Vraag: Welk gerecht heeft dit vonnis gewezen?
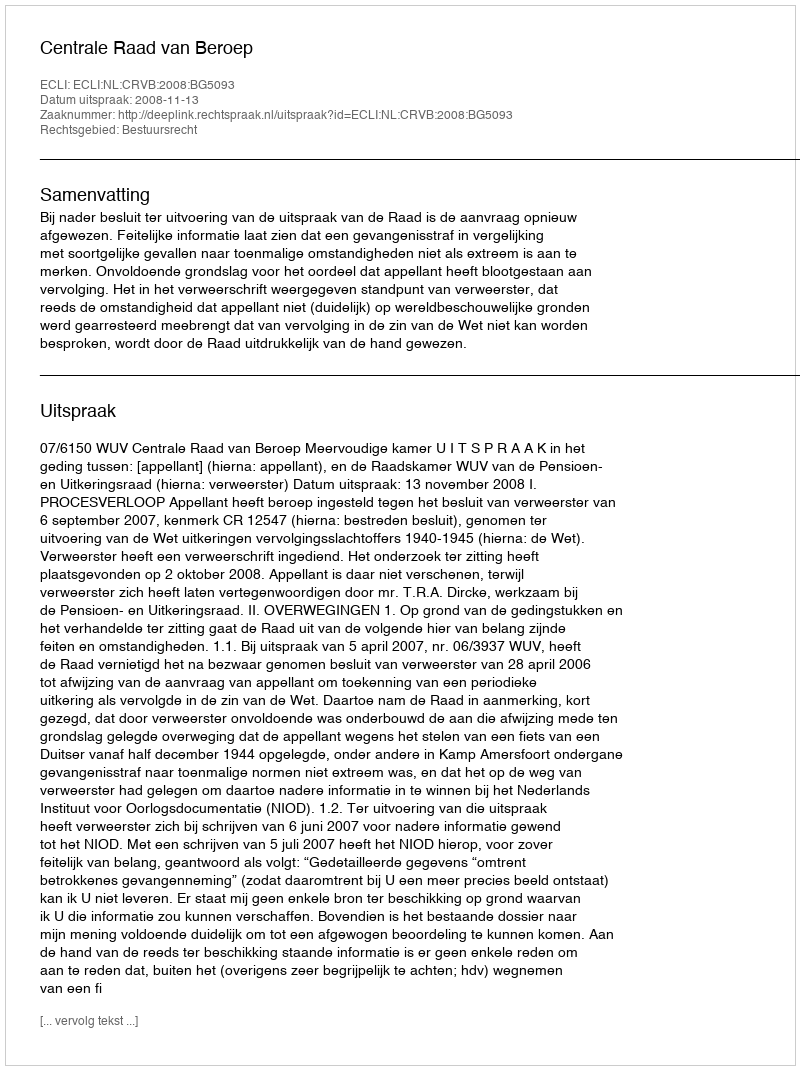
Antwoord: Centrale Raad van Beroep